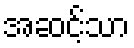
အဆင့်သာ